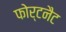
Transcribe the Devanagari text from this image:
फोर्टनैट